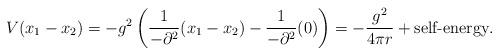
LaTeX: \begin{align*}V(x_1-x_2)=-g^2\left(\frac{1}{-\partial ^2}(x_1-x_2)-\frac{1}{-\partial ^2}(0)\right)=-\frac{g^2}{4\pi r}+\mbox {self-energy}.\end{align*}